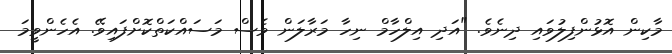
މާކިން އޮޅުންފިލުވައި ދިނެވެ. "އަދި އިލްހާމް ނިހާ މަރާލަން ވެސް މަސައްކަތްކޮށްފައިވޭ. އެހެންވީމަ